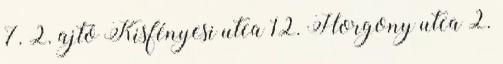
7. 2. ajtó Kisfényesi utca 12. Horgony utca 2.